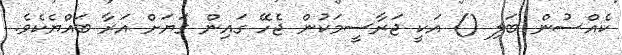
ކެއްސުން ބަލި () އަކީ ޖަރާސީމަކުން ޖެހޭ ގައިން ގަޔަށް އަރާ ބައްޔެކެވެ.